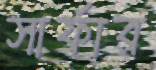
সার্ফার